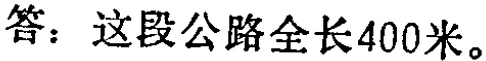
答：这段公路全长400米。